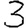
Digit: 3